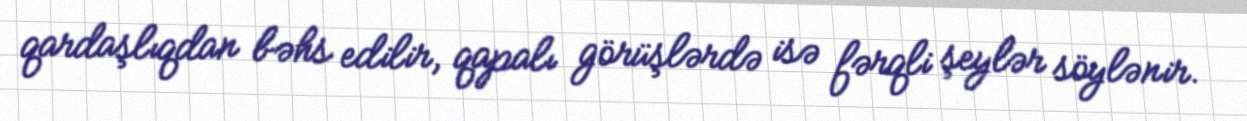
qardaşlıqdan bəhs edilir, qapalı görüşlərdə isə fərqli şeylər söylənir.